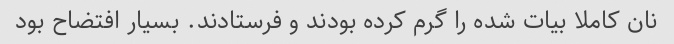
نان کاملا بیات شده را گرم کرده بودند و فرستادند. بسیار افتضاح بود